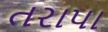
તરાપા